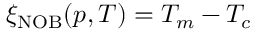
\xi _ { \mathrm { N O B } } ( p , T ) = T _ { m } - T _ { c }